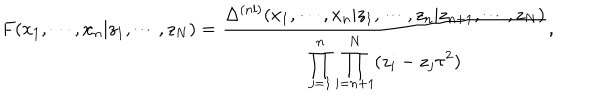
F ( x _ { 1 } , \cdots , x _ { n } | z _ { 1 } , \cdots , z _ { N } ) = \frac { \Delta ^ { ( n l ) } ( x _ { 1 } , \cdots , x _ { n } | z _ { 1 } , \cdots , z _ { n } | z _ { n + 1 } , \cdots , z _ { N } ) } { \displaystyle \prod _ { j = 1 } ^ { n } \prod _ { i = n + 1 } ^ { N } ( z _ { i } - z _ { j } \tau ^ { 2 } ) } ,